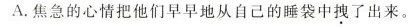
A.焦急的心情把他们早早地从自己的睡袋中拽了出来。